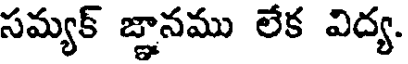
సమ్యక్ జ్ఞానము లేక విద్య.